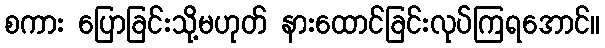
စကား ပြောခြင်းသို့မဟုတ် နားထောင်ခြင်းလုပ်ကြရအောင်။